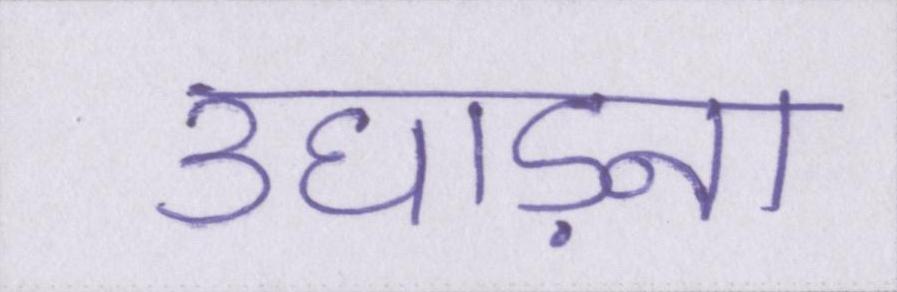
उघाड़ना